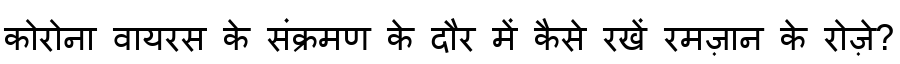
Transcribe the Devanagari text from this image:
कोरोना वायरस के संक्रमण के दौर में कैसे रखें रमज़ान के रोज़े?